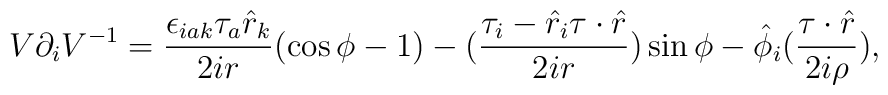
V\partial_iV^{-1}=\frac{\epsilon_{iak}\tau_a\hat{r}_k}{2ir}(\cos \phi -1)-(\frac{\tau_i-\hat{r}_i\tau\cdot\hat{r}}{2ir})\sin \phi -\hat{\phi}_i(\frac{\tau\cdot\hat{r}}{2i\rho}),